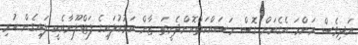
އަދިވެސް މަންމަ އެގެއަށް ގޮސް މަސައްކަތްކޮށްދެނީތަ ޒާން ކަޅުކުލައިގެ ފަޓްލޫނާއެކީ ލައިގެން ހުރި